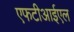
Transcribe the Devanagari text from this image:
एफटीआईएल